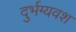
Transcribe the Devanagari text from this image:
दुर्भग्यवश